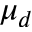
\mu _ { d }